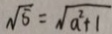
\sqrt { 5 } = \sqrt { a ^ { 2 } + 1 }